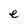
Character: e